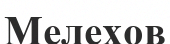
Мелехов